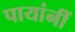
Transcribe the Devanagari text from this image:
पायांनीं